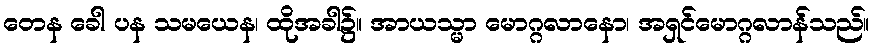
တေန ခေါ ပန သမယေန၊ ထိုအခါ၌။ အာယသ္မာ မောဂ္ဂလာနော၊ အရှင်မောဂ္ဂလာန်သည်။